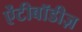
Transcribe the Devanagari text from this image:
ऐंटीबॉडीज़